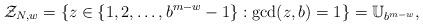
LaTeX: \begin{align*}\mathcal{Z}_{N,w} &=\{z \in \{1,2,\ldots,b^{m-w}-1\} : \gcd(z,b)=1 \}=\mathbb{U}_{b^{m-w}},\end{align*}